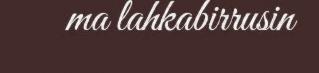
ma lahkabirrusin